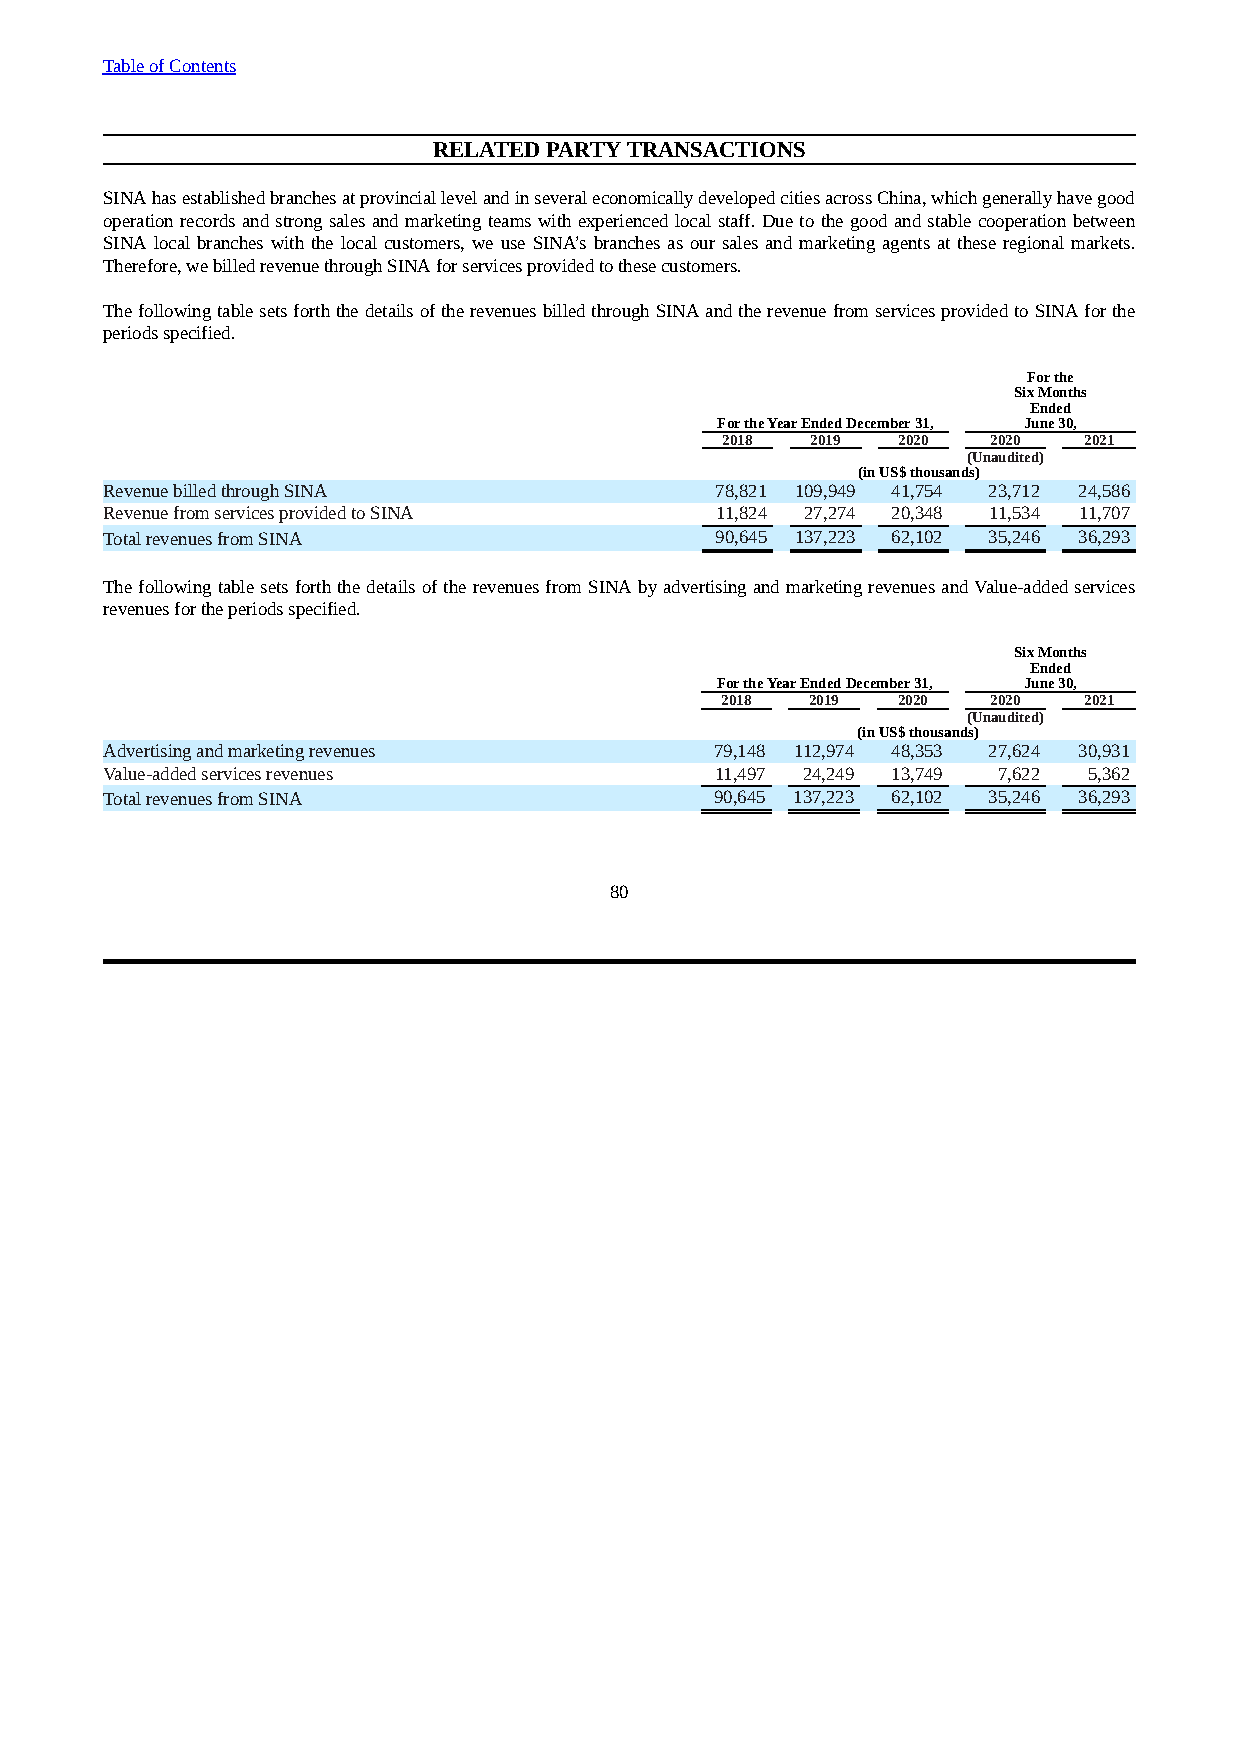
Table of Contents
 RELATED PARTY TRANSACTIONS
 SINA has established branches at provincial level and in several economically developed cities across China, which generally have good
 operation records and strong sales and marketing teams with experienced local staff. Due to the good and stable cooperation between
 SINA local branches with the local customers, we use SINA’s branches as our sales and marketing agents at these regional markets.
 Therefore, we billed revenue through SINA for services provided to these customers.
 The following table sets forth the details of the revenues billed through SINA and the revenue from services provided to SINA for the
 periods specified.
 For the
 Six Months
 Ended
 For the Year Ended December 31, June 30,
 2018  2019 2020   2020  2021
 (Unaudited)
 (in US$ thousands)
 Revenue billed through SINA             78,821 109,949 41,754 23,712 24,586
 Revenue from services provided to SINA  11,824 27,274 20,348 11,534 11,707
 Total revenues from SINA                90,645 137,223 62,102 35,246 36,293
 The following table sets forth the details of the revenues from SINA by advertising and marketing revenues and Value-added services
 revenues for the periods specified.
 Six Months
 Ended
 For the Year Ended December 31, June 30,
 2018  2019 2020   2020  2021
 (Unaudited)
 (in US$ thousands)
 Advertising and marketing revenues      79,148 112,974 48,353 27,624 30,931
 Value-added services revenues           11,497 24,249 13,749 7,622 5,362
 Total revenues from SINA                90,645 137,223 62,102 35,246 36,293
 80